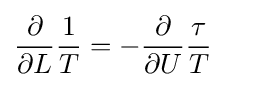
{\begin{aligned}&{\frac {\partial }{\partial L}}{\frac {1}{T}}=-{\frac {\partial }{\partial U}}{\frac {\tau }{T}}\end{aligned}}